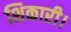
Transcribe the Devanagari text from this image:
शिकारी।